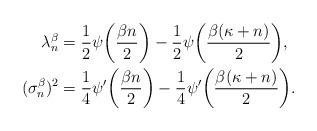
LaTeX: \begin{align*}\lambda_n^\beta&=\frac12\psi\bigg(\frac{\beta n}2\bigg)-\frac12\psi\bigg(\frac{\beta (\kappa+n)}2\bigg), \\(\sigma_n^\beta)^2&=\frac14\psi'\bigg(\frac{\beta n}2\bigg)-\frac14\psi'\bigg(\frac{\beta (\kappa+n)}2\bigg).\end{align*}